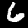
Digit: 6